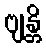
ဗျန္တိ